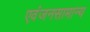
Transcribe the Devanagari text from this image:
एवंजनसामान्य